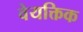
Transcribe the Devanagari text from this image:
वेयक्तिक